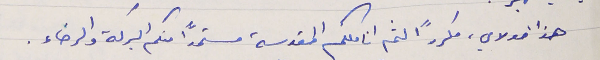
هذا مولاي، مكررًا لثم اناملكم المقدسة مستمداً منكم البركة والرخاء .